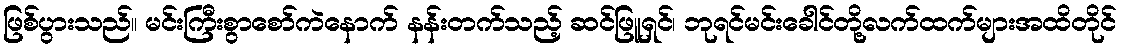
ဖြစ်ပွားသည်။ မင်းကြီးစွာစော်ကဲနောက် နန်းတက်သည့် ဆင်ဖြူရှင်၊ ဘုရင်မင်းခေါင်တို့လက်ထက်များအထိတိုင်